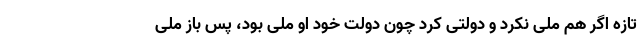
تازه اگر هم ملی نکرد و دولتی کرد چون دولت خود او ملی بود، پس باز ملی